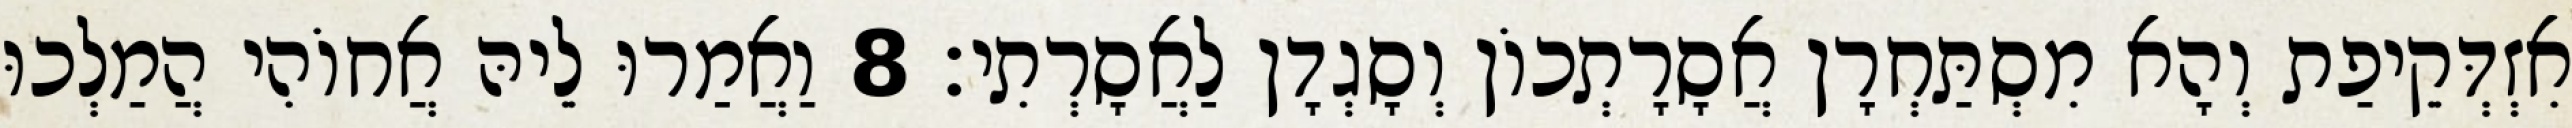
אִזְדְּקֵיפַת וְהָא מִסְתַּחְרָן אֲסָרָתְכוֹן וְסָגְדָן לַאֲסָרְתִי׃ 8 וַאֲמַרוּ לֵיהּ אֲחוֹהִי הֲמַלְכוּ